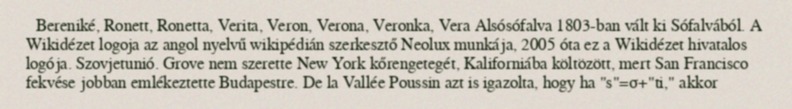
Bereniké, Ronett, Ronetta, Verita, Veron, Verona, Veronka, Vera Alsósófalva 1803-ban vált ki Sófalvából. A Wikidézet logoja az angol nyelvű wikipédián szerkesztő Neolux munkája, 2005 óta ez a Wikidézet hivatalos logója. Szovjetunió. Grove nem szerette New York kőrengetegét, Kaliforniába költözött, mert San Francisco fekvése jobban emlékeztette Budapestre. De la Vallée Poussin azt is igazolta, hogy ha "s"=σ+"ti," akkor